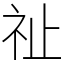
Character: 祉